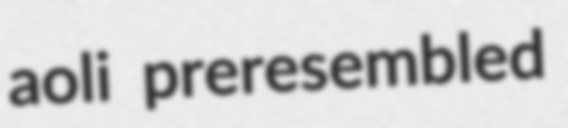
aoli preresembled